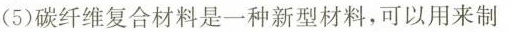
(5)碳纤维复合材料是一种新型材料，可以用来制